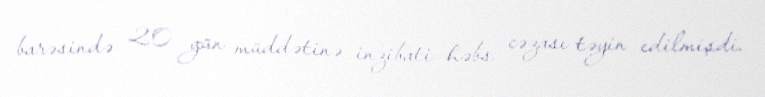
barəsində 20 gün müddətinə inzibati həbs cəzası təyin edilmişdi.